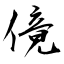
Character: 傹